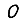
Digit: 0